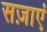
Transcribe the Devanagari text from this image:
सज़ाएं